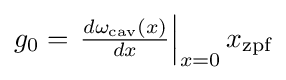
g_{0}=\left.{\tfrac {d\omega _{\text{cav}}(x)}{dx}}\right|_{x=0}x_{\text{zpf}}